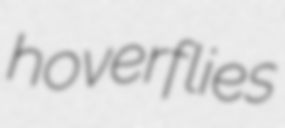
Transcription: hoverflies